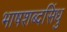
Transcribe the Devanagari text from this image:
भाषशब्दसिंधु